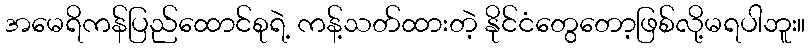
အမေရိကန်ပြည်ထောင်စုရဲ့ ကန့်သတ်ထားတဲ့ နိုင်ငံတွေတော့ဖြစ်လို့မရပါဘူး။